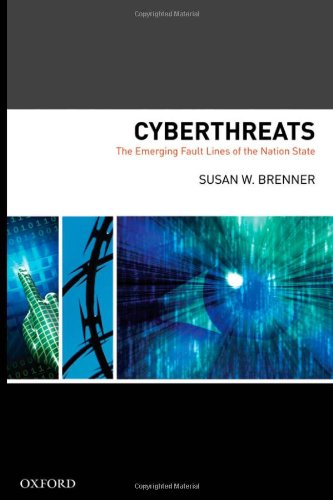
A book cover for Cyberthreats: The Emerging Fault Lines of the Nation State; Susan W Brenner; Computers & Technology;